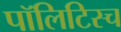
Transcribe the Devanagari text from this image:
पॉलिटिस्च